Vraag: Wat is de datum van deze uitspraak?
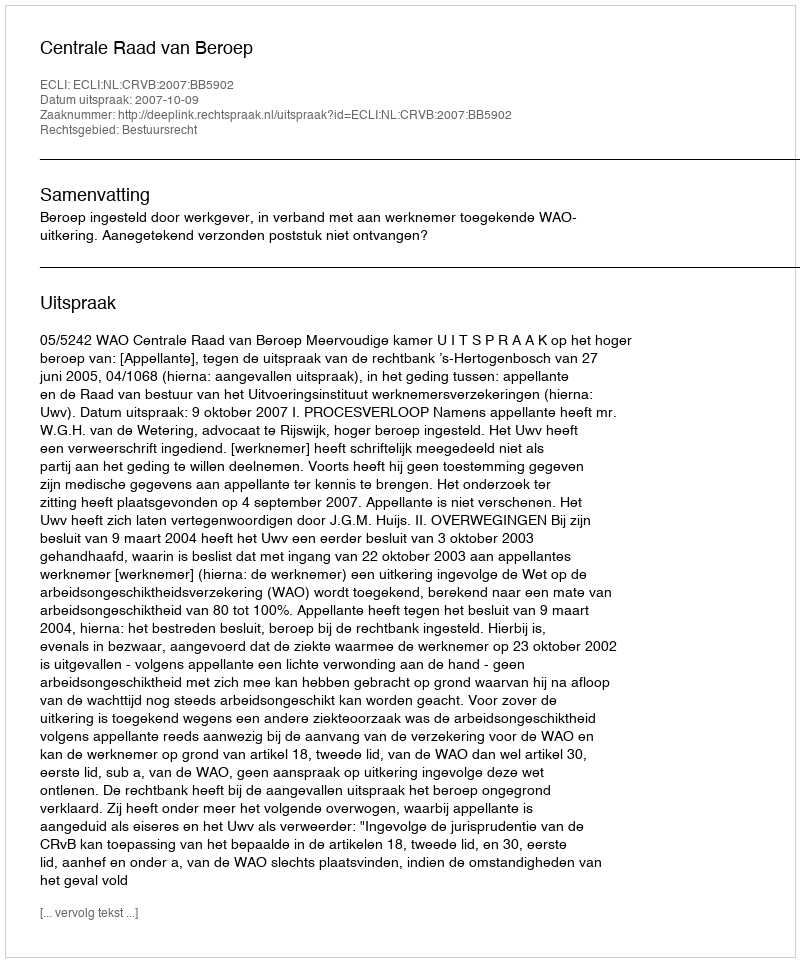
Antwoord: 2007-10-09